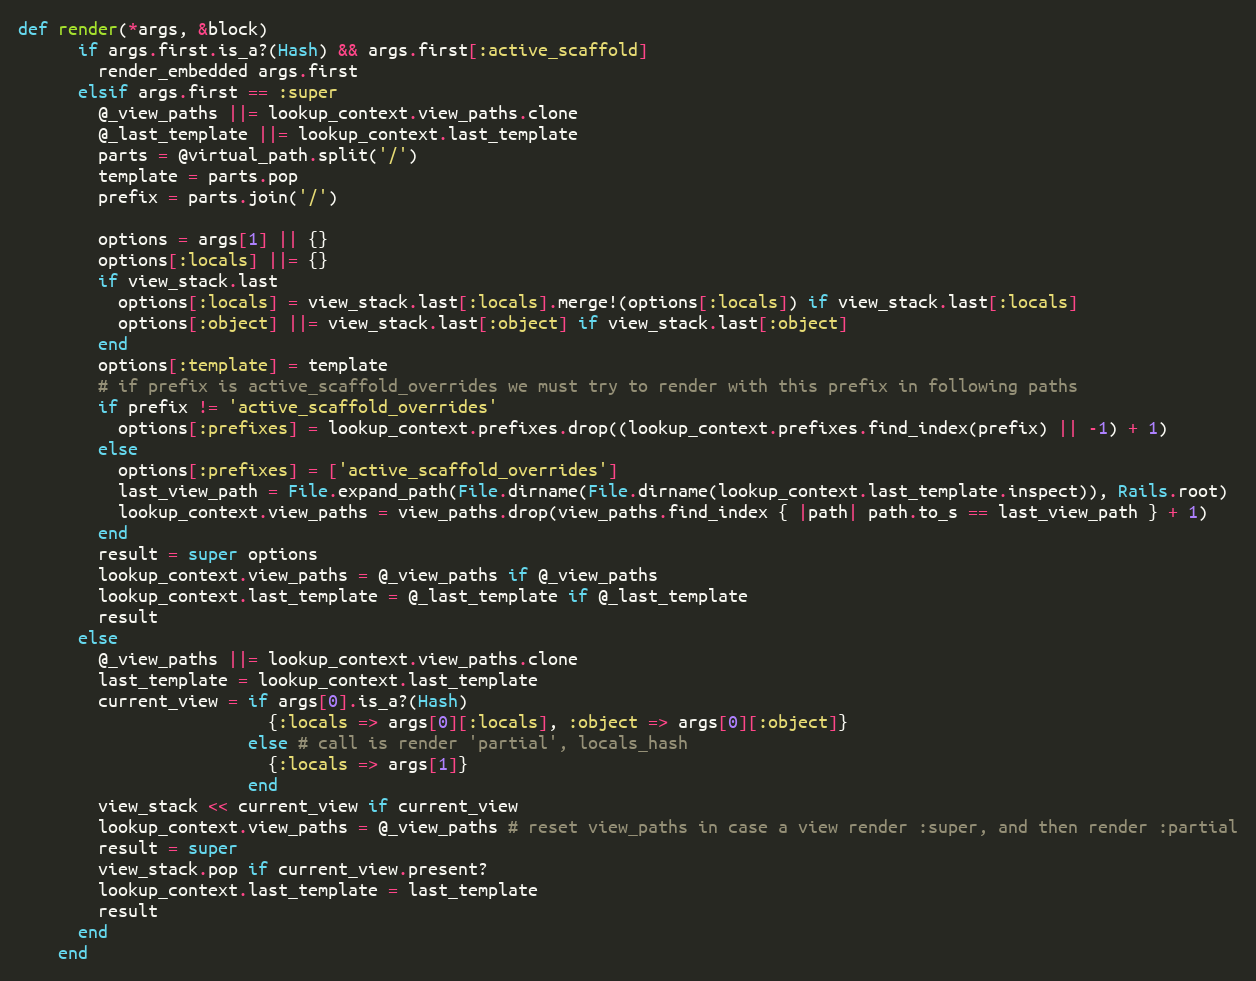
Language: Ruby
def render(*args, &block)
      if args.first.is_a?(Hash) && args.first[:active_scaffold]
        render_embedded args.first
      elsif args.first == :super
        @_view_paths ||= lookup_context.view_paths.clone
        @_last_template ||= lookup_context.last_template
        parts = @virtual_path.split('/')
        template = parts.pop
        prefix = parts.join('/')

        options = args[1] || {}
        options[:locals] ||= {}
        if view_stack.last
          options[:locals] = view_stack.last[:locals].merge!(options[:locals]) if view_stack.last[:locals]
          options[:object] ||= view_stack.last[:object] if view_stack.last[:object]
        end
        options[:template] = template
        # if prefix is active_scaffold_overrides we must try to render with this prefix in following paths
        if prefix != 'active_scaffold_overrides'
          options[:prefixes] = lookup_context.prefixes.drop((lookup_context.prefixes.find_index(prefix) || -1) + 1)
        else
          options[:prefixes] = ['active_scaffold_overrides']
          last_view_path = File.expand_path(File.dirname(File.dirname(lookup_context.last_template.inspect)), Rails.root)
          lookup_context.view_paths = view_paths.drop(view_paths.find_index { |path| path.to_s == last_view_path } + 1)
        end
        result = super options
        lookup_context.view_paths = @_view_paths if @_view_paths
        lookup_context.last_template = @_last_template if @_last_template
        result
      else
        @_view_paths ||= lookup_context.view_paths.clone
        last_template = lookup_context.last_template
        current_view = if args[0].is_a?(Hash)
                         {:locals => args[0][:locals], :object => args[0][:object]}
                       else # call is render 'partial', locals_hash
                         {:locals => args[1]}
                       end
        view_stack << current_view if current_view
        lookup_context.view_paths = @_view_paths # reset view_paths in case a view render :super, and then render :partial
        result = super
        view_stack.pop if current_view.present?
        lookup_context.last_template = last_template
        result
      end
    end